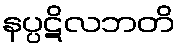
နပ္ပဋိလဘတိ